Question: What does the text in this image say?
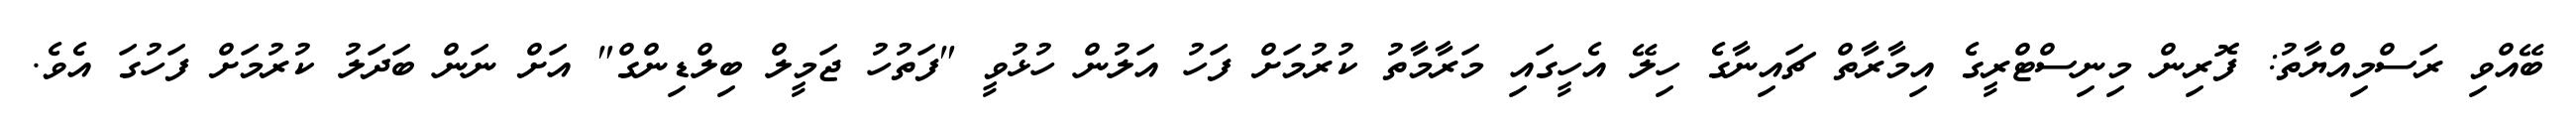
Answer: ބޭއްވި ރަސްމިއްޔާތު: ފޮރިން މިނިސްޓްރީގެ އިމާރާތް ޗައިނާގެ ހިލޭ އެހީގައި މަރާމާތު ކުރުމަށް ފަހު އަލުން ހުޅުވީ "ފަތުހު ޖަމީލް ބިލްޑިންގް" އަށް ނަން ބަދަލު ކުރުމަށް ފަހުގަ އެވެ.